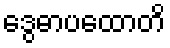
ဒွေဓာပထောတိ